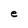
Character: e